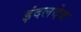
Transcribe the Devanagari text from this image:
इंदलदेव